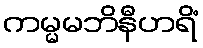
ကမ္မမဘိနီဟရိံ